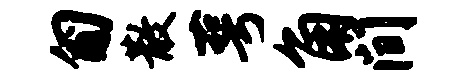
匍散萼角间